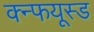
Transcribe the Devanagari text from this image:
क्न्फयूस्ड